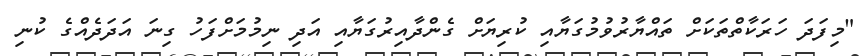
"މިފަދަ ހަރަކާތްތަކަށް ތައްޔާރުވުމުގަޔާއި ކުރިޔަށް ގެންދާއިރުގަޔާއި އަދި ނިމުމަށްފަހު ގިނަ އަދަދެއްގެ ކުނި